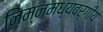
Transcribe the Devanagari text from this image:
निम्नमध्यवर्गीय